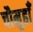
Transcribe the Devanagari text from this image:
चौमुहाँ